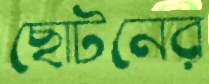
ছোটনের